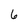
Character: 6